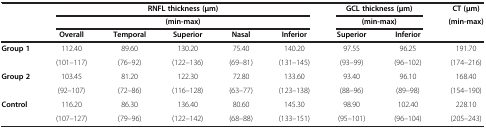
|  | <COLSPAN=5> RNFL thickness (μm) | <COLSPAN=2> GCL thickness (μm) | CT (μm) |
 |  | <COLSPAN=5> (min-max) | <COLSPAN=2> (min-max) | (min-max) |
 |  | Overall | Temporal | Superior | Nasal | Inferior | Superior | Inferior |  |
 | --- | --- | --- | --- | --- | --- | --- | --- | --- |
 | Group 1 | 112.40 | 89.60 | 130.20 | 75.40 | 140.20 | 97.55 | 96.25 | 191.70 |
 |  | (101–117) | (76–92) | (122–136) | (69–81) | (131–145) | (93–99) | (96–102) | (174–216) |
 | Group 2 | 103.45 | 81.20 | 122.30 | 72.80 | 133.60 | 93.40 | 96.10 | 168.40 |
 |  | (92–107) | (72–86) | (116–128) | (63–77) | (123–138) | (88–96) | (89–98) | (154–190) |
 | Control | 116.20 | 86.30 | 136.40 | 80.60 | 145.30 | 98.90 | 102.40 | 228.10 |
 |  | (107–127) | (79–96) | (122–142) | (68–88) | (133–151) | (95–101) | (96–104) | (205–243) |